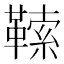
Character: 𩌈